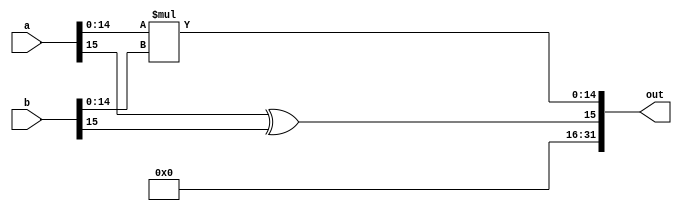
`timescale 1ns/1ns

module Mulitplier( a, b, out);

    parameter size = 16;
    input [size-1:0] a, b;
    output [(size<<1)-1:0] out;
    wire [14:0] mult = a[size-2:0] * b[size-2:0]   ;

    assign out = { a[size-1] ^ b[size-1], mult};
endmodule